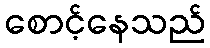
စောင့်နေသည်